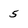
Character: 5